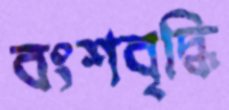
বংশবৃদ্ধি